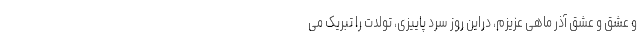
و عشق و عشق آذر ماهی عزیزم، دراین روز سرد پاییزی، تولدت را تبریک می